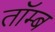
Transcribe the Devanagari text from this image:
तॉम्ब